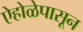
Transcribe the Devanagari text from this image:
ऐहोळेपासून